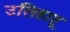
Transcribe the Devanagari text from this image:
उलिहातू